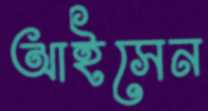
আইসেন